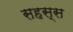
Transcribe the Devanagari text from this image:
सहस्स